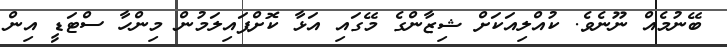
ބޭނުމެއް ނޫނެވެ. ކުއްލިއަކަށް ޝިޒާންގެ މޭގައި އަޅާ ކޮށްޕައިލަމުން މިންހާ ސްޓަޑީ އިން